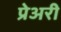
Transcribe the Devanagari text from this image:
प्रेअरी